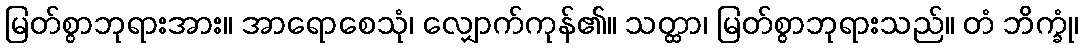
မြတ်စွာဘုရားအား။ အာရောစေသုံ၊ လျှောက်ကုန်၏။ သတ္ထာ၊ မြတ်စွာဘုရားသည်။ တံ ဘိက္ခုံ၊